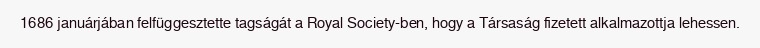
1686 januárjában felfüggesztette tagságát a Royal Society-ben, hogy a Társaság fizetett alkalmazottja lehessen.